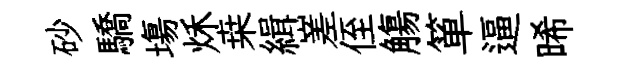
砂驕塲秌桒緝嵳侄觴箪逼晞